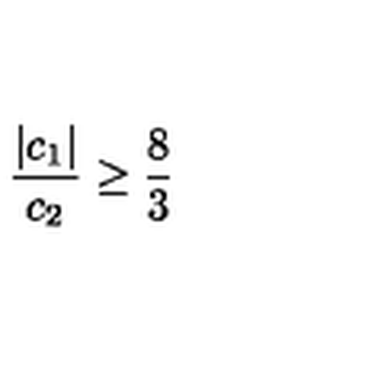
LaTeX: \frac { | c _ { 1 } | } { c _ { 2 } } \geq \frac { 8 } { 3 }